Leaving Certificate Examination, 1921
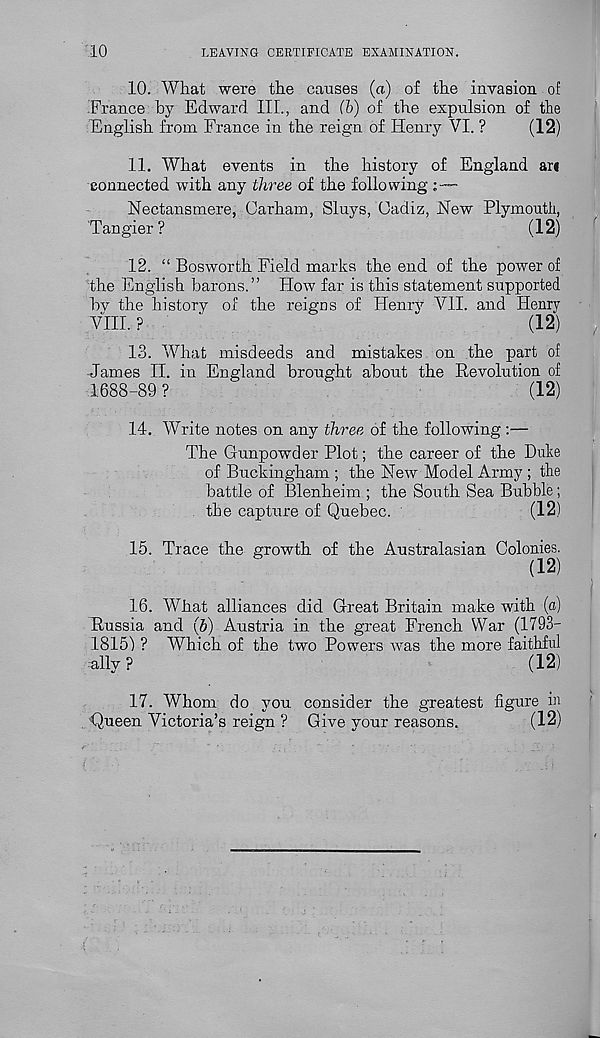
10
LEAVING CERTIFICATE EXAMINATION.
10. What were the causes (a) of the invasion of
France by Edward III., and (b) of the expulsion of the
English from France in the reign of Henry VI. ?
(12)
11. What events in the history of England ar«
connected with any three of the following
Nectansmere, Carham, Sluys, Cadiz, New Plymouth,
'Tangier?
(12)
12. “ Bosworth Field marks the end of the power of
the English barons.” How far is this statement supported
bv the history of the reigns of Henry VII. and Henry
VIII. ?
(12)
13. What misdeeds and mistakes on the part of
James II. in England brought about the Revolution of
1688-89?
(12)
14. Write notes on any three of the following:—
The Gunpowder Plot; the career of the Duke
of Buckingham ; the New Model Army ; the
battle of Blenheim ; the South Sea Bubble;
the capture of Quebec.
(12)
15. Trace the growth of the Australasian Colonies.
(12)
16. What alliances did Great Britain make with (fl)
Russia and (6) Austria in the great French War (1793-
ISIS) ? Which of the two Powers was the more faithful
ally ?
(12)
17. Whom do you consider the greatest figure in
Queen Victoria’s reign ? Give your reasons.
(12)